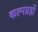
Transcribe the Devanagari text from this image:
कल्पग्रहों